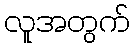
လူအတွက်